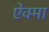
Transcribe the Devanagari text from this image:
ऐक्मा